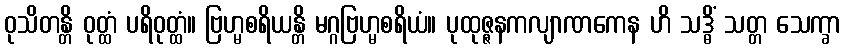
ဝုသိတန္တိ ဝုတ္ထံ ပရိဝုတ္ထံ။ ဗြဟ္မစရိယန္တိ မဂ္ဂဗြဟ္မစရိယံ။ ပုထုဇ္ဇနကလျာဏကေန ဟိ သဒ္ဓိံ သတ္တ သေက္ခာ